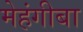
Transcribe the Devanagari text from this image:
मेहंगीबा